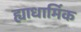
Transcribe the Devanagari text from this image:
ह्याधार्मिक